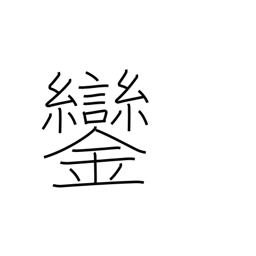
Meaning: bells on emperor's carriage